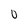
Character: o